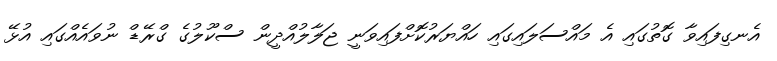
އެނގިފައިވާ ގޮތުގައި އެ މައްސަލައިގައި ހައްޔަރުކޮށްފައިވަނީ ޖަލާލުއްދީން ސްކޫލުގެ ގްރޭޑް ނުވައެއްގައި އުޅޭ